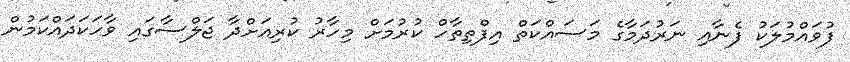
ފުވައްމުލަކު ފެނާއި ނަރުދަމާގެ މަސައްކަތް އިފްތިތާހް ކުރުމަށް މިހާރު ކުރިއަށްދާ ޖަލްސާގައި ވާހަކަދައްކަމުން